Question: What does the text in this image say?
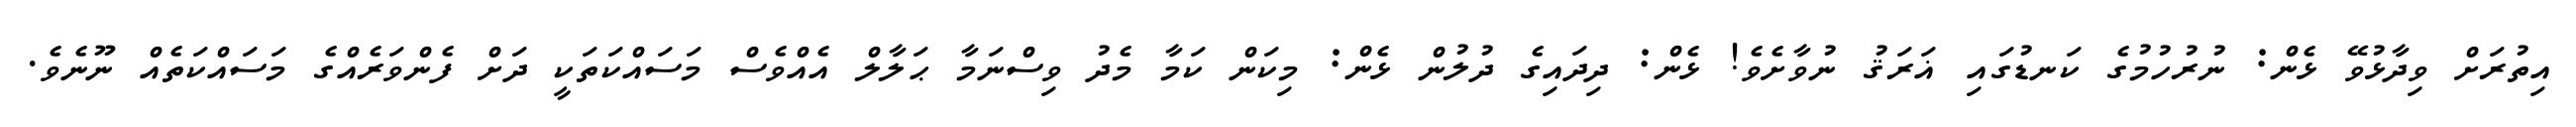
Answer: އިތުރަށް ވިދާޅުވޭ ޅެން: ނުރުހުމުގެ ކަނޑުގައި ޣަރަޤު ނުވާށެވެ! ޅެން: ދިދައިގެ ދުލުން ޅެން: މިކަން ކަމާ މެދު ވިސްނަމާ ޙަލާލް އެއްވެސް މަސައްކަތަކީ ދަށް ފެންވަރެއްގެ މަސައްކަތެއް ނޫނެވެ.